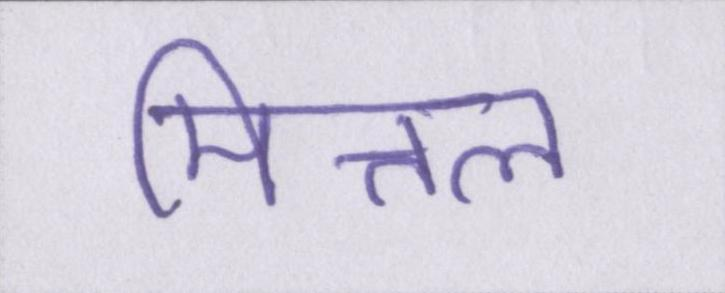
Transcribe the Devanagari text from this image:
मित्तल